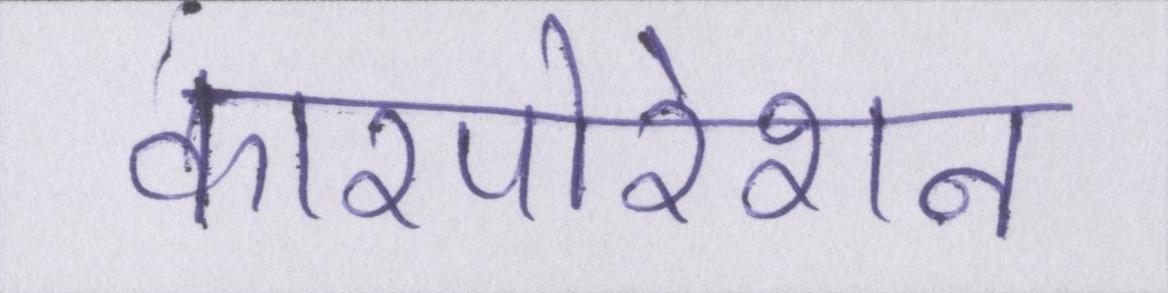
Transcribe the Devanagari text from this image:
कारपोरेशन